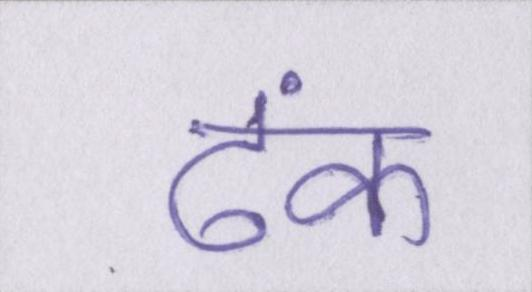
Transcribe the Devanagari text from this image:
ढंक